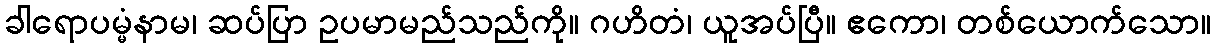
ခါရောပမ္မံနာမ၊ ဆပ်ပြာ ဥပမာမည်သည်ကို။ ဂဟိတံ၊ ယူအပ်ပြီ။ ဧကော၊ တစ်ယောက်သော။